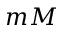
m M